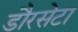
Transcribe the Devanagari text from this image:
डौरसेटा